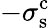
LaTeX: -\sigma_{\mathrm{s}}^{\mathrm{c}}